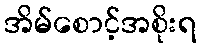
အိမ်စောင့်အစိုးရ